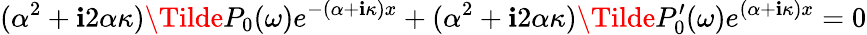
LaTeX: (\alpha^{2}+\mathbf{i}2\alpha\kappa)\Tilde{P}_{0}(\omega)e^{-(\alpha+\mathbf{i}\kappa)x}+(\alpha^{2}+\mathbf{i}2\alpha\kappa)\Tilde{P}_{0}^{\prime}(\omega)e^{(\alpha+\mathbf{i}\kappa)x}=0